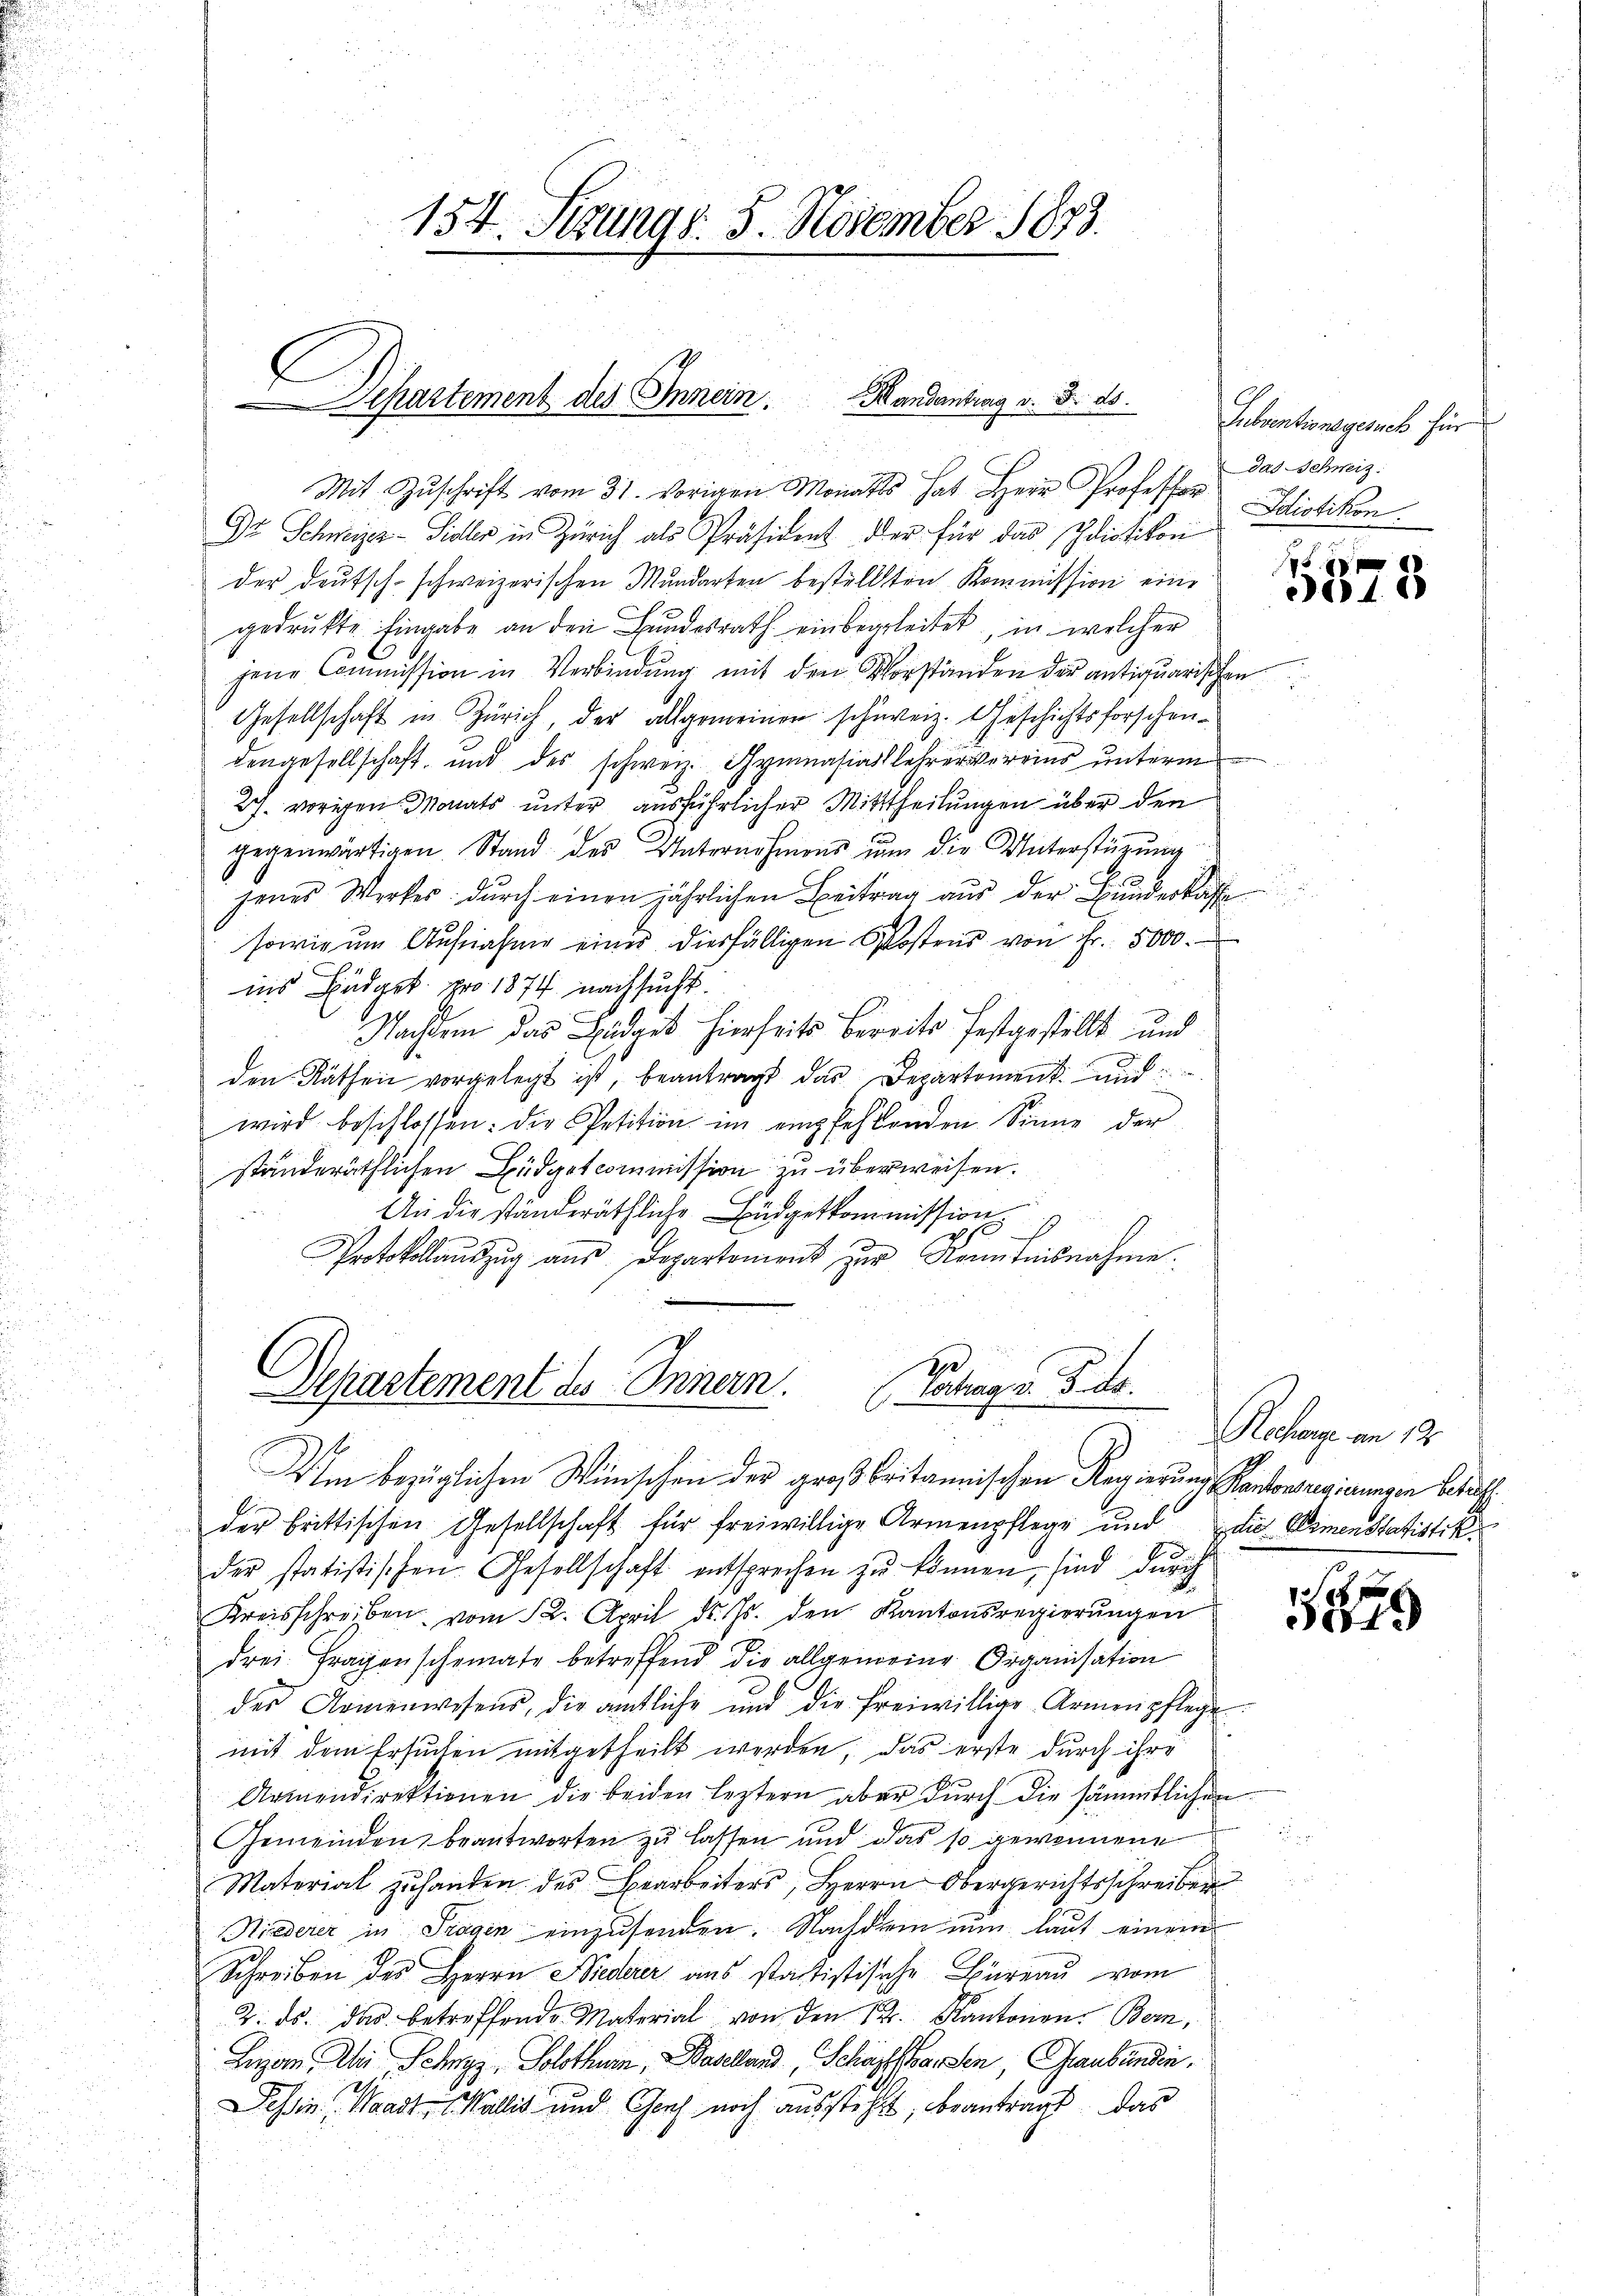
154. Sizung d. 8. November 1873.

E
Departement des Innern. Handantrag v. 5. ds.

Mit Zŭschrift vom 31. vorigen Monatts hat Herr Professor Pietikon.
Dr. Schweizer-Sidler in Zürich als Präsident der für das Idiotikon
der deutsch-schweizerischen Mundarten bestellten Kommission eine
gedrukte Eingabe an den Bundesrath einbegleitet, in welcher
jene Commission in Verbindung mit den Vorständen der antiquarischen
Gesellschaft in Zürich der allgemeinen schweiz. Geschichtsforschen-
dengesellschaft, und des schweiz. Gymnasiallehrervereins unterm
27. vorigen Monats unter ausführlicher Mitttheilungen über den
gegenwärtigen Stand des Unternehmens um die Unterstüzung
jenes Werkes durch einen jährlichen Beitrag aus der Bunderkasse
sowie um Aufnahme eines diesfälligen Postens von Fr. 5000.
ins Büdget pro 1874 nachsucht.
Nachdem das Budget hierseits bereits festgestellt und
den Räthen vorgelegt ist, beantragt das Departoment und
wird beschlossen: die Petition im empfehlenden Sinne der
ständeräthlichen Büdgetcommission zu überweisen.
An die ständeräthliche Büdgetkommission.
Protokollauszug aus Departement zur Kenntnisnahme.
I
Departement des Innern.
Vertrag d. 5. ds.
Ulm bezüglichen Wünschen der großbritannischen Regierung Kantonsregierungen betreff
Ei
der brittischen Gesellschaft für freiwillige Armenpflege und die Dimenstatistik
d
der statistischen Gesellschaft entsprechen zu können, sind durch
Kreisschreiben vom 12. April d. Js. den Kantonsregierungen
drei Fragenscheinate betreffend die allgemeine Organisation
des Armenwesens, die amtliche und die freiwillige Armenpflege
mit dem Ersuchen mitgetheilt worden, das erste durch ihre
Armendirektionen die beiden leztern aber dŭrch die sämmtlichen
Gemeinden beantworten zu lassen und das so gewonnene
Material zŭ handen des Bearbeiters, Herrn Obergerichtsschreiber
Niederer in Tragin einzusenden. Nachdem nun laut einem
Schreiben des Herrn Niederer aus statistische Büreau vom
2. ds. das betreffende Material von den 12. Kantonen. Bern,
Luzan, den Sehnzz, Solothurn, Baselland Schöpftbaren, Graubünden.
Tessin, Waadt, Wallis und Graf noch aussteht, beantragt, das

Lebentionsgesuch für
das Schweiz.

1 f 0 x
185

3) Rechange am 12.

1849